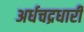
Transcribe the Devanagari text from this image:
अर्धचद्रधारी